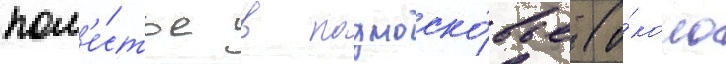
пом'е́стье в подмоско́вье (о́коло